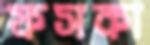
ফসকা